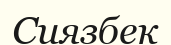
Сиязбек